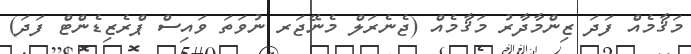
މަޤާމެއް ފަދަ ޒިންމާދާރު މަޤާމެއް (ޖެނެރަލް މެނޭޖަރ ނުވަތަ ވައިސް ޕްރެޒިޑެންޓް ފަދަ)